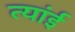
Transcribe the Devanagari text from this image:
त्यांई